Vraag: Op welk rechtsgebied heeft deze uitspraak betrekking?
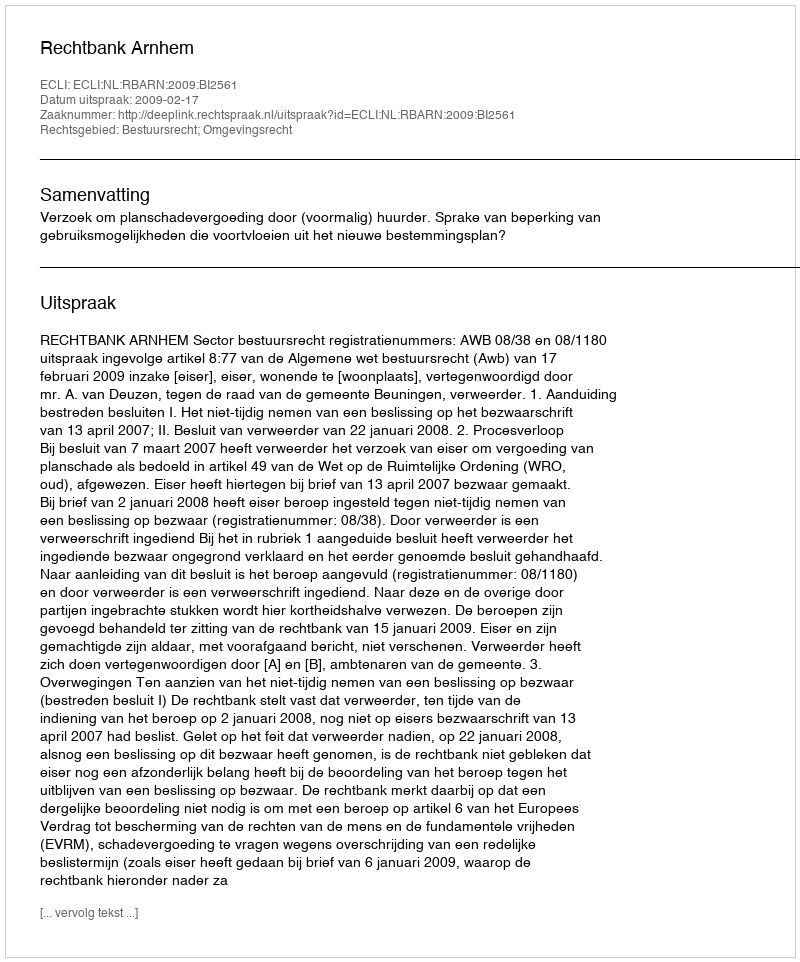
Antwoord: Bestuursrecht; Omgevingsrecht